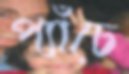
প্যাঁচে